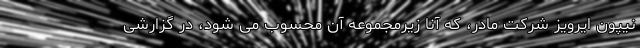
نیپون ایرویز شرکت مادر، که آنا زیرمجموعه آن محسوب می شود، در گزارشی